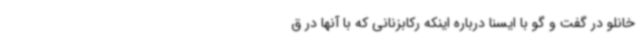
خانلو در گفت و گو با ایسنا درباره اینکه رکابزنانی که با آنها در ق